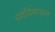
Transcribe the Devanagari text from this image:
दशदिक्पाल